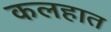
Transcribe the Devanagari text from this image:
कलहात